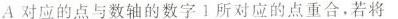
A对应的点与数轴的数字1所对应的点重合，若将